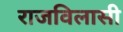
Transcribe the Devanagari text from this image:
राजविलासी